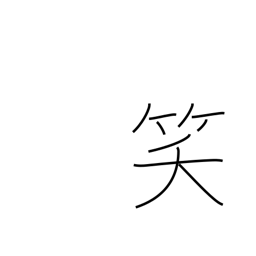
Meaning: laugh